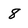
Character: 8